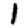
Digit: 1